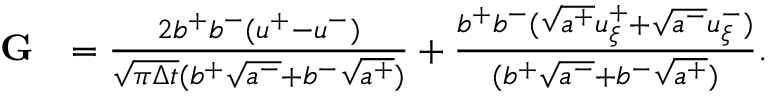
\begin{array} { r l } { \mathbf { G } } & { = \frac { 2 b ^ { + } b ^ { - } ( u ^ { + } - u ^ { - } ) } { \sqrt { \pi \Delta t } ( b ^ { + } \sqrt { a ^ { - } } + b ^ { - } \sqrt { a ^ { + } } ) } + \frac { b ^ { + } b ^ { - } ( \sqrt { a ^ { + } } u _ { \xi } ^ { + } + \sqrt { a ^ { - } } u _ { \xi } ^ { - } ) } { ( b ^ { + } \sqrt { a ^ { - } } + b ^ { - } \sqrt { a ^ { + } } ) } . } \end{array}